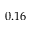
0 . 1 6